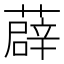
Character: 薜